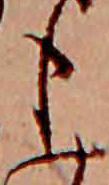
も